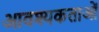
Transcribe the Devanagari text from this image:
आवश्यकताआें